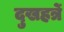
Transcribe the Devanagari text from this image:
दुखहर्त्रे